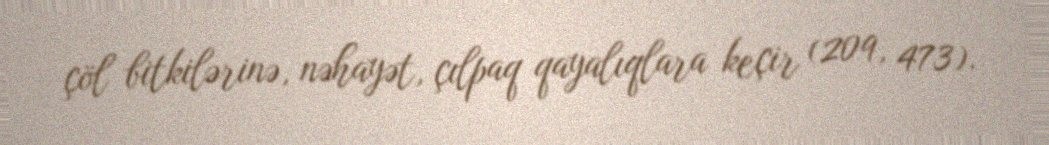
çöl bitkilərinə, nəhayət, çılpaq qayalıqlara keçir (209, 473).